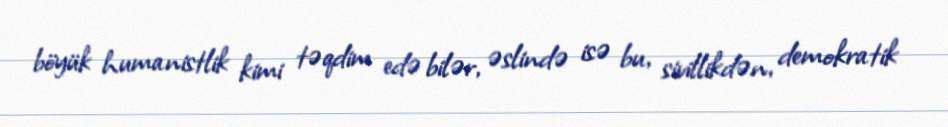
böyük humanistlik kimi təqdim edə bilər, əslində isə bu, sivillikdən, demokratik